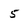
Character: 5